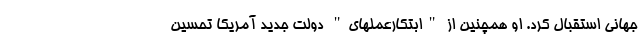
جهانی استقبال کرد. او همچنین از "ابتکارعملهای" دولت جدید آمریکا تحسین